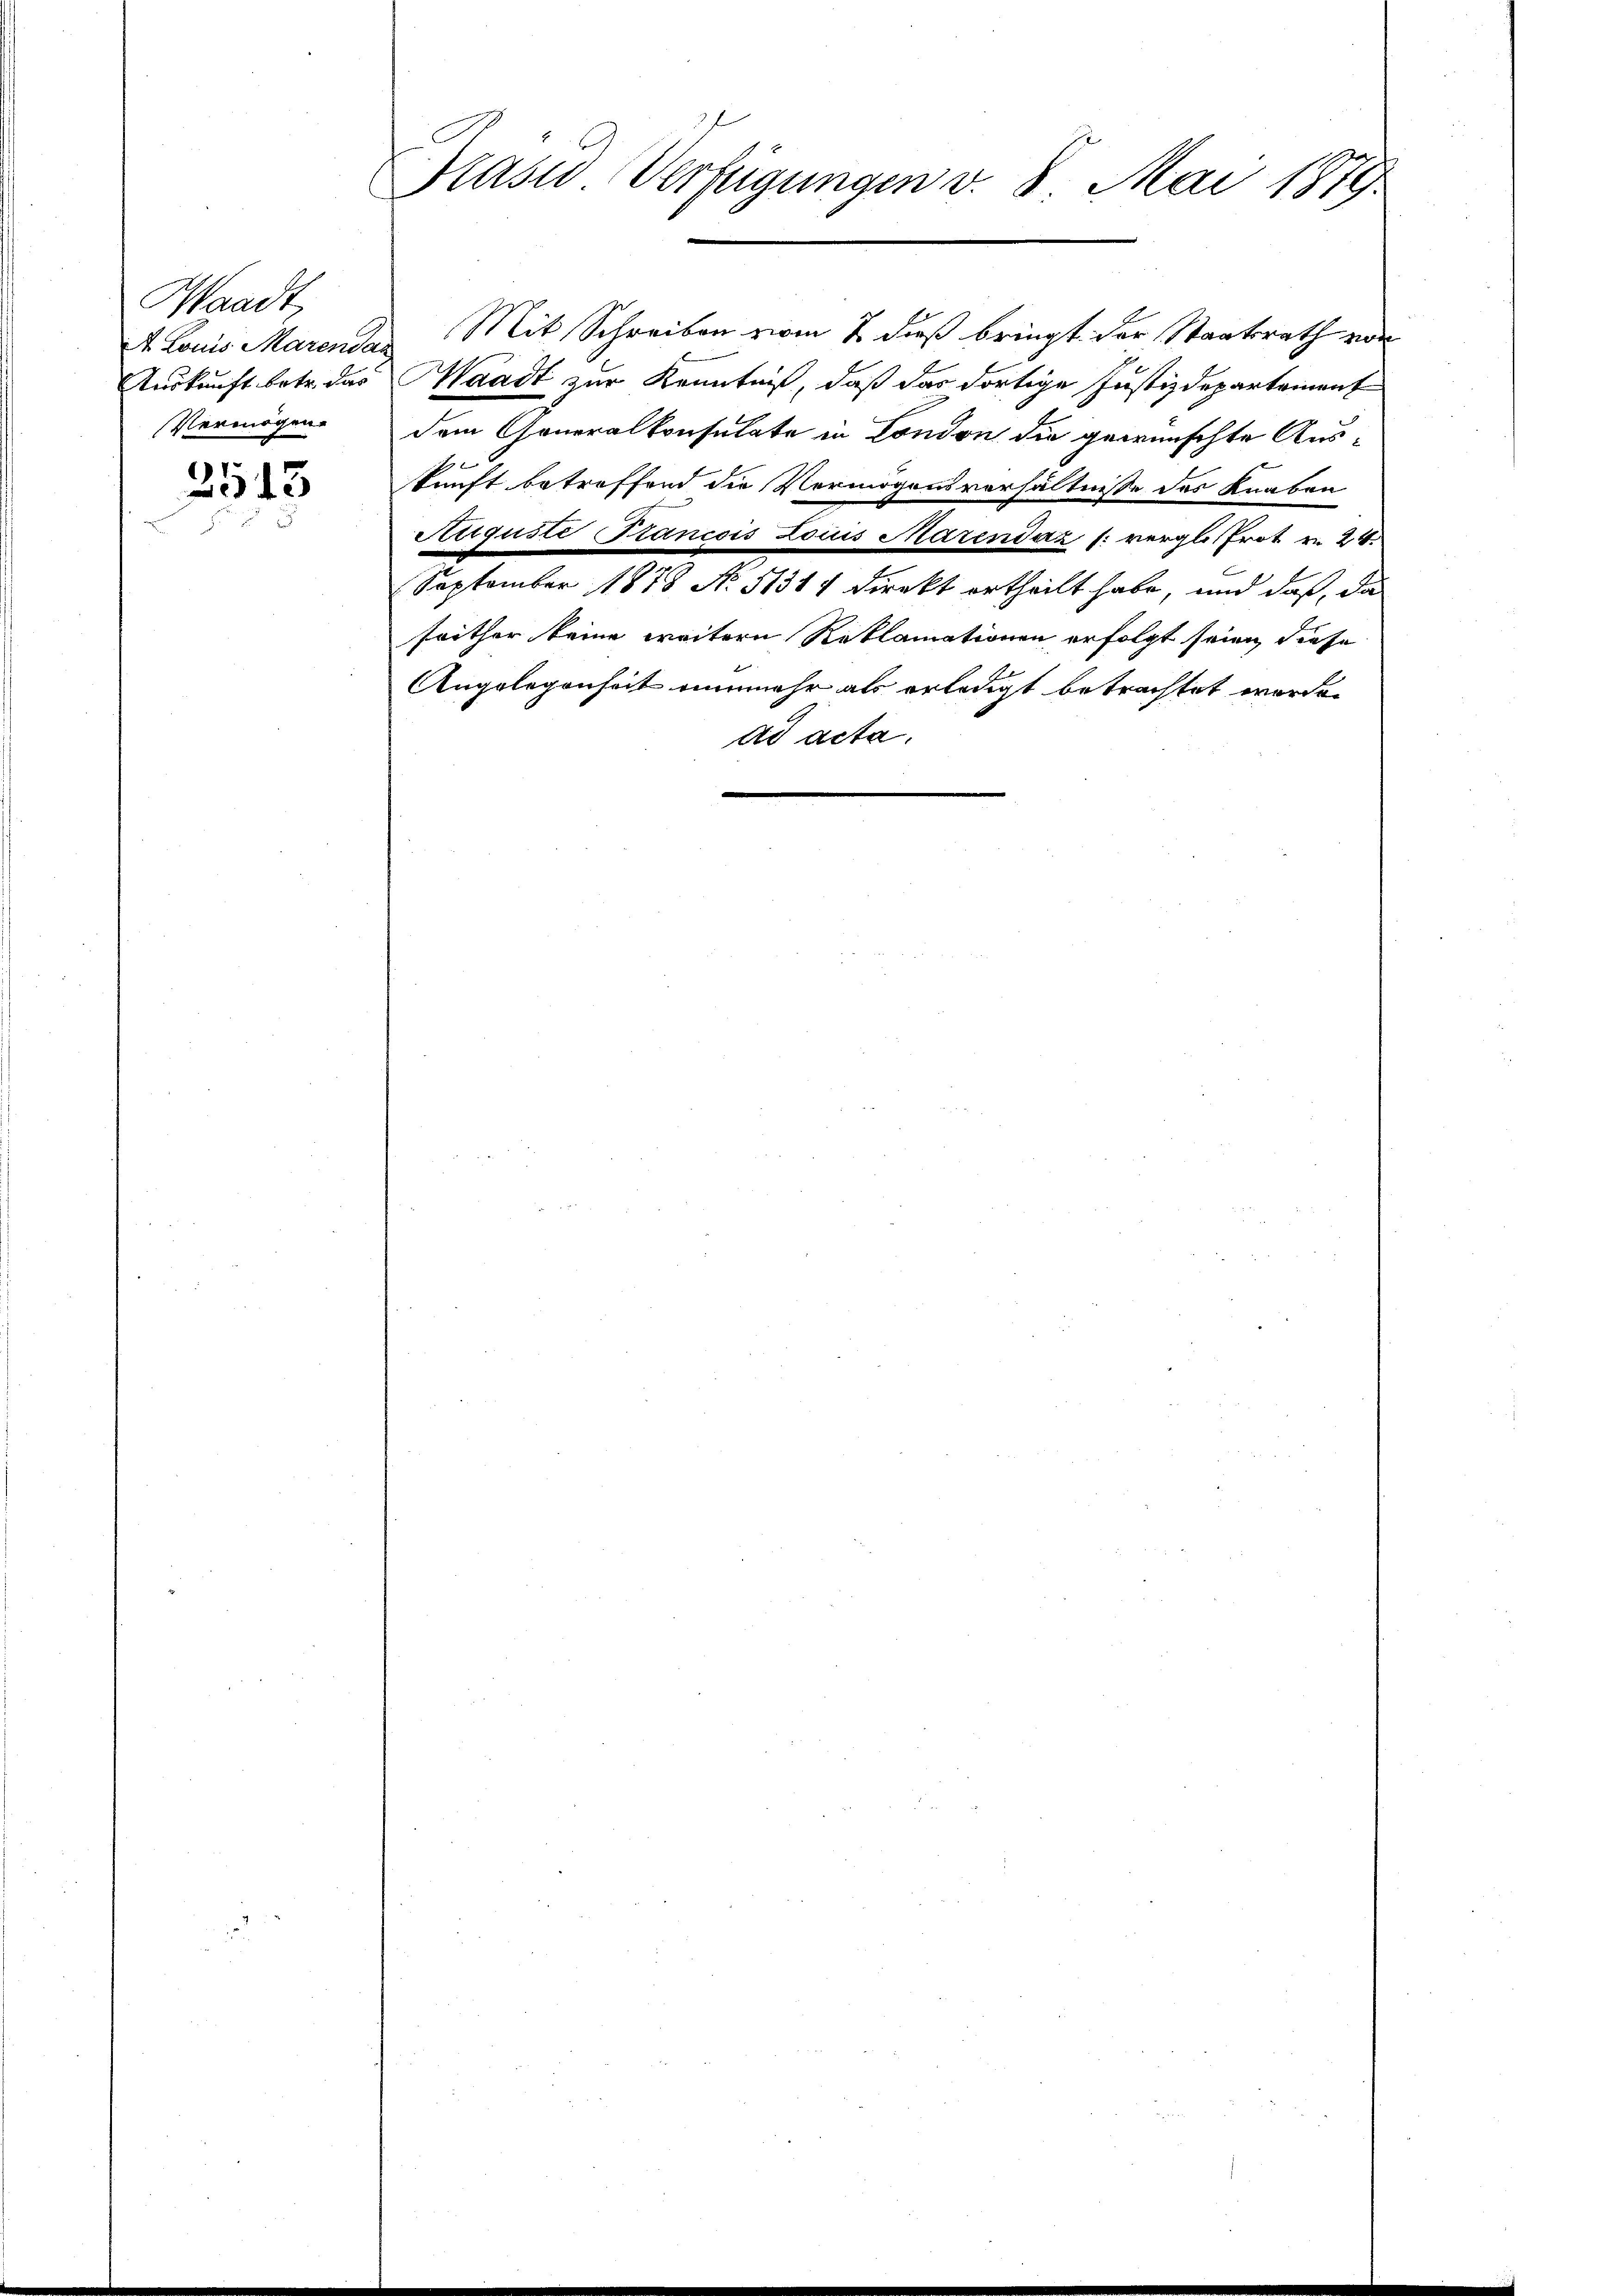
Waadt,
A Louis Marende
Vermögen.

3513

Prasis Verfügungen v. 8. Mai 1879

Mit Schreiben vom 2. dieß bringt der Staatsrath von
2
Auskunft betr. das Waadt zur Kenntniß, daß das dortige Justizdepartement
dem Generalkonsulate in London die gewünschte Auskunft betreffend die Vermögensverhältnisse des Knaben
Auguste Stancois Louis Marendaz /: verglos trot in 24
September 1878 No. 51314 direkt ertheilt habe, und daß, da
seither keine weitern Reklamationen erfolgt seien, diese
Angelegenheit nunmehr als erledigt betrachtet worden
ad acta.